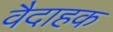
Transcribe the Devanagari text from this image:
वैदाहक